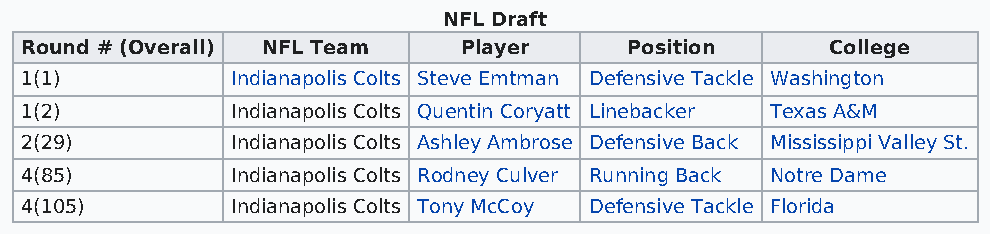
NFL Draft
 Round # (Overall) NFL Team   Player      Position     College
 1(1)          Indianapolis Colts Steve Emtman Defensive Tackle Washington
 1(2)          Indianapolis Colts Quentin Coryatt Linebacker Texas A&M
 2(29)         Indianapolis Colts Ashley Ambrose Defensive Back Mississippi Valley St.
 4(85)         Indianapolis Colts Rodney Culver Running Back Notre Dame
 4(105)        Indianapolis Colts Tony McCoy Defensive Tackle Florida